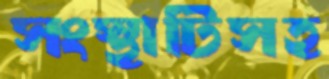
সংস্থাটিসহ